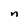
Character: n